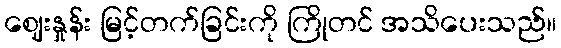
ဈေးနှုန်း မြင့်တက်ခြင်းကို ကြိုတင် အသိပေးသည်။